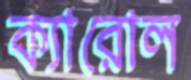
ক্যারোল